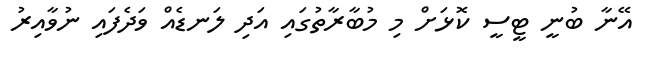
އޭނާ ބުނީ ޓީސީ ކޮޅަށް މި މުބާރާތުގައި އަދި ލަނޑެއް ވަދެފައި ނުވާއިރު